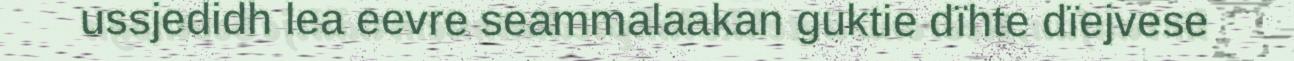
ussjedidh lea eevre seammalaakan guktie dïhte dïejvese